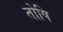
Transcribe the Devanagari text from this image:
तोषि